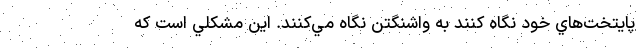
پايتخت‌هاي خود نگاه كنند به واشنگتن نگاه مي‌كنند. اين مشكلي است كه